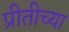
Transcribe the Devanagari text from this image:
प्रीतीच्या